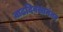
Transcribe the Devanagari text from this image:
वाढदिवसानंतर